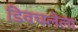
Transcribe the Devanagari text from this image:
डिवचलेला